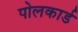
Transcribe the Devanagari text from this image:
पोलकार्ड